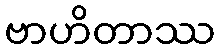
ဗာဟိတာဿ